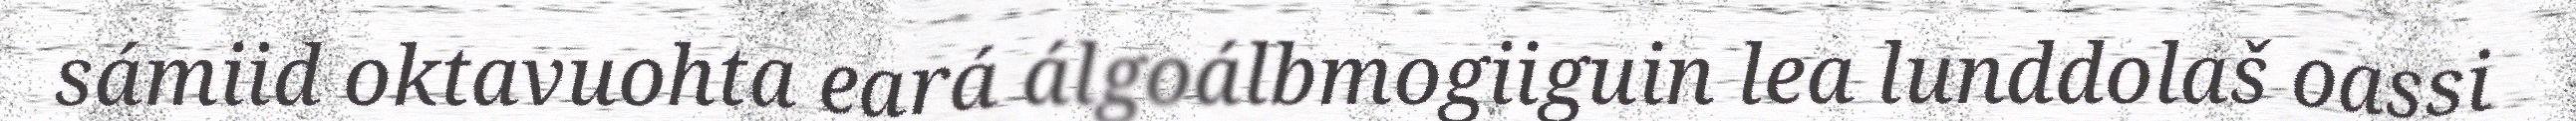
sámiid oktavuohta eará álgoálbmogiiguin lea lunddolaš oassi